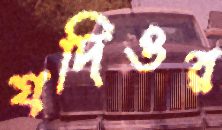
যদিওর